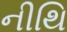
નીથિ